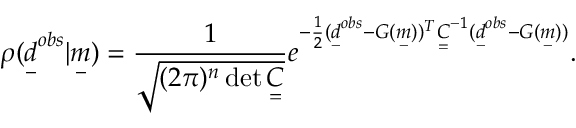
\rho ( \underset { - } { d } ^ { o b s } | \underset { - } { m } ) = \frac { 1 } { \sqrt { ( 2 \pi ) ^ { n } \operatorname* { d e t } \underset { = } { C } } } e ^ { - \frac { 1 } { 2 } ( \underset { - } { d } ^ { o b s } - G ( \underset { - } { m } ) ) ^ { T } \underset { = } { C } ^ { - 1 } ( \underset { - } { d } ^ { o b s } - G ( \underset { - } { m } ) ) } .